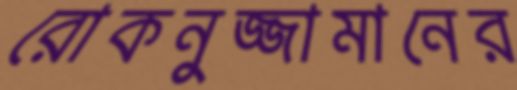
রোকনুজ্জামানের